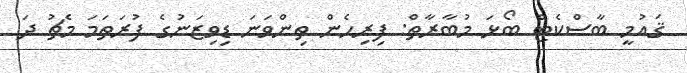
ޤައުމީ ބާސްކެޓް ބޯޅަ މުބާރާތް: ފިރިހެން ތިންވަނަ ޑިވިޒަނުގެ ފުރަތަމަ މެޗު ދަ